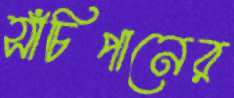
সাঁচিপানের